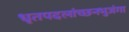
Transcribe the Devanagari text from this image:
धृतपदलांच्छनभुजंगा